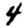
Digit: 4